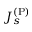
J _ { s } ^ { \mathrm { ( P ) } }